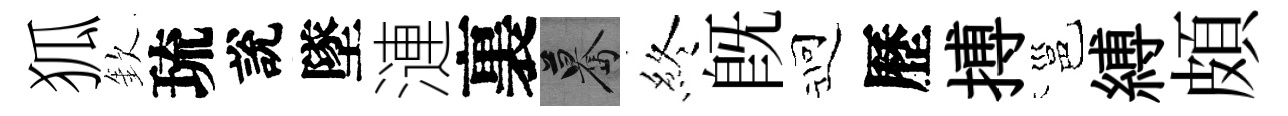
狐欽琉說墜漣裏驀終旣迎歷搏邕縛頗